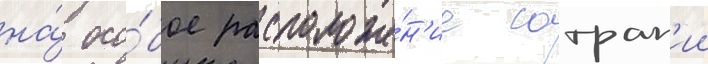
на́ осо́бое расположе́н'ие сатрап'ии